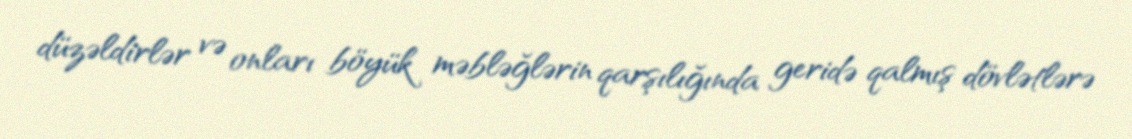
düzəldirlər və onları böyük məbləğlərin qarşılığında geridə qalmış dövlətlərə